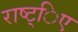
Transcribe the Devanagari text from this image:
राष्ट्िए